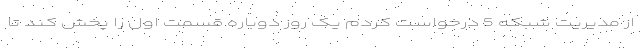
از مدیریت شبکه 5 درخواست کردم یک روز دوباره قسمت اول را پخش کند تا